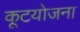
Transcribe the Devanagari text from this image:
कूटयोजना